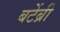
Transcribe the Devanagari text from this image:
बर्टेब्री